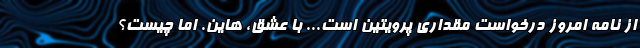
از نامه امروز درخواست مقداری پرویتین است... با عشق، هاین. اما چیست؟